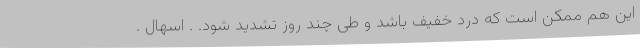
این هم ممکن است که درد خفیف باشد و طی چند روز تشدید شود. . اسهال .